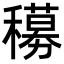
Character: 𬔁